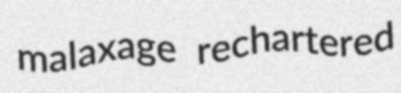
malaxage rechartered